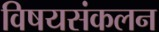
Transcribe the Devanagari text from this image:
विषयसंकलन